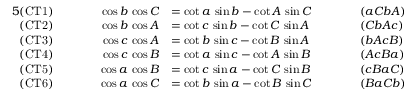
{ \begin{array} { r l r l r l } { { 5 } { \mathrm { ( C T 1 ) } } } & { } & { \qquad \cos b \, \cos C } & { = \cot a \, \sin b - \cot A \, \sin C \qquad } & & { ( a C b A ) } \\ { { \mathrm { ( C T 2 ) } } } & { } & { \cos b \, \cos A } & { = \cot c \, \sin b - \cot C \, \sin A } & & { ( C b A c ) } \\ { { \mathrm { ( C T 3 ) } } } & { } & { \cos c \, \cos A } & { = \cot b \, \sin c - \cot B \, \sin A } & & { ( b A c B ) } \\ { { \mathrm { ( C T 4 ) } } } & { } & { \cos c \, \cos B } & { = \cot a \, \sin c - \cot A \, \sin B } & & { ( A c B a ) } \\ { { \mathrm { ( C T 5 ) } } } & { } & { \cos a \, \cos B } & { = \cot c \, \sin a - \cot C \, \sin B } & & { ( c B a C ) } \\ { { \mathrm { ( C T 6 ) } } } & { } & { \cos a \, \cos C } & { = \cot b \, \sin a - \cot B \, \sin C } & & { ( B a C b ) } \end{array} }